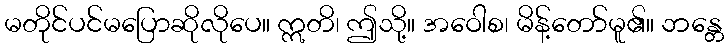
မတိုင်ပင်မပြောဆိုလိုပေ။ ဣတိ၊ ဤသို့။ အဝေါစ၊ မိန့်တော်မူ၏။ ဘန္တေ